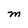
Character: M